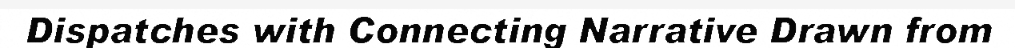
Dispatches with Connecting Narrative Drawn from